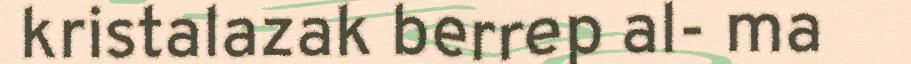
kristalazak berrep al- ma